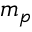
m _ { p }